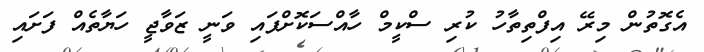
އެގޮތުން މިރޭ އިފްތިތާހު ކުރި ސްކީމް ހާއްސަކޮށްފައި ވަނީ ޒަވާޖީ ހަޔާތެއް ފަށައި